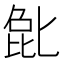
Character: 𫧉